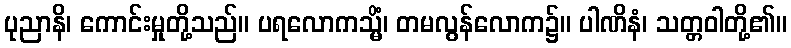
ပုညာနိ၊ ကောင်းမှုတို့သည်။ ပရလောကသ္မိံ၊ တမလွန်လောက၌။ ပါဏိနံ၊ သတ္တဝါတို့၏။